Insane asylums Bombay 1873-77 - 1873-1877
Year: 1873
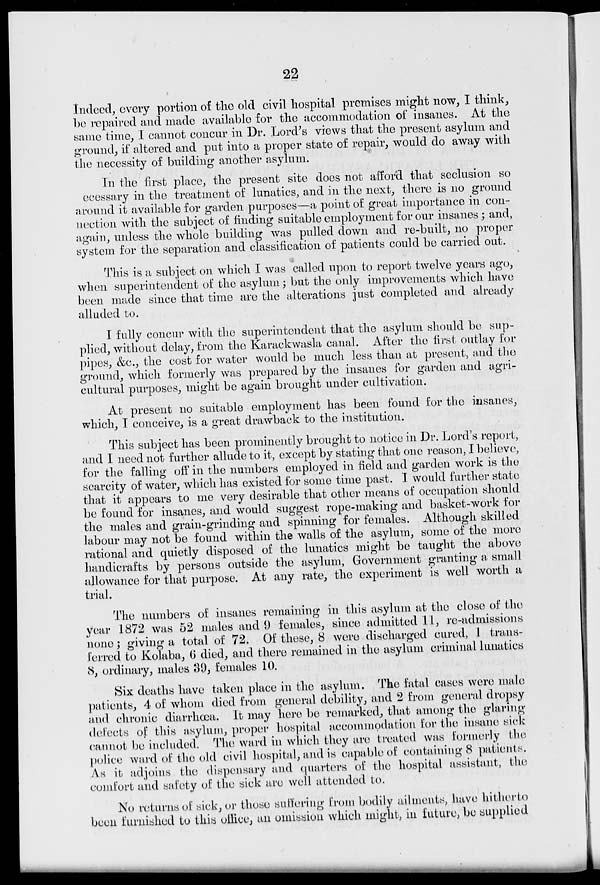
22
Indeed, every portion of the old civil hospital promises might now, I think,
be repaired and made available for the accommodation of insanes. At the
same time, I cannot concur in Dr. Lord's views that the present asylum and
ground, if altered and put into a proper state of repair, would do away with
the necessity of building another asylum.
In the first place, the present site does not afford that seclusion so
ecessary in the treatment of lunatics, and in the next, there is no ground
around it available for garden purposes—a point of great importance in con-
nection with the subject of finding suitable employment for our insanes; and,
again, unless the whole building was pulled down and re-built, no proper
system for the separation and classification of patients could be carried out.
This is a subject on which I was called upon to report twelve years ago,
when superintendent of the asylum; but the only improvements which have
been made since that time are the alterations just completed and already
alluded to.
I fully concur with the superintendent that the asylum should be sup-
plied, without delay, from the Karackwasla canal. After the first outlay for
pipes, &c., the cost for water would be much less than at present, and the
ground, which formerly was prepared by the insanes for garden and agri-
cultural purposes, might be again brought under cultivation.
At present no suitable employment has been found for the insanes,
which, I conceive, is a great drawback to the institution.
This subject has been prominently brought to notice in Dr. Lord's report,
and I need not further allude to it, except by stating that one reason, I believe,
for the falling off in the numbers employed in field and garden work is the
scarcity of water, which has existed for some time past. I would further state
that it appears to me very desirable that other means of occupation should
be found for insanes, and would suggest rope-making and basket-work for
the males and grain-grinding and spinning for females. Although skilled
labour may not be found within the walls of the asylum, some of the more
rational and quietly disposed of the lunatics might be taught the above
handicrafts by persons outside the asylum, Government granting a small
allowance for that purpose. At any rate, the experiment is well worth a
trial.
The numbers of insanes remaining in this asylum at the close of the
year 1872 was 52 males and 9 females, since admitted 11, re-admissions
none; giving a total of 72. Of these, 8 were discharged cured, I trans-
ferred to Kolaba, 6 died , and there remained in the asylum criminal lunatics
8, ordinary, males 39, females 10.
Six deaths have taken place in the asylum. The fatal cases were male
patients, 4 of whom died from general debility, and 2 from general dropsy
and chronic diarrhœa. It may here be remarked, that among the glaring
defects of this asylum, proper hospital accommodation for the insane sick
cannot be included. The ward in which they are treated was formerly the
police ward of the old civil hospital, and is capable of containing 8 patients.
As it adjoins the dispensary and quarters of the hospital assistant, the
comfort and safety of the sick are well attended to.
No returns of sick, or those suffering from bodily ailments, have hitherto
been furnished to this office, an omission which might, in future, be supplied